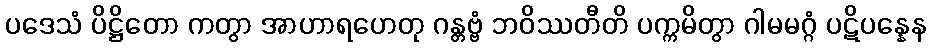
ပဒေသံ ပိဋ္ဌိတော ကတွာ အာဟာရဟေတု ဂန္တဗ္ဗံ ဘဝိဿတီတိ ပက္ကမိတွာ ဂါမမဂ္ဂံ ပဋိပန္နေန